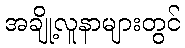
အချို့လူနာများတွင်